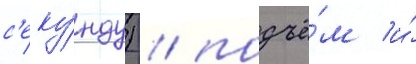
с'еку́нду) / подъё́м и́